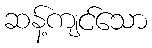
ဆန့်ကျင်သော